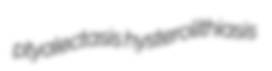
ptyalectasis hysterolithiasis